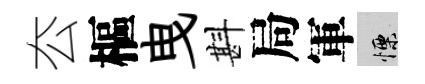
厺樞曳斟局軍慄